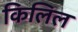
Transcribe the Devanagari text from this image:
किलिल